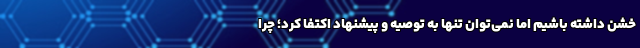
خشن داشته باشیم اما نمی‌توان تنها به توصیه و پیشنهاد اکتفا کرد؛ چرا